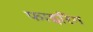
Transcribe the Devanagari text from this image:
फाइरिंग